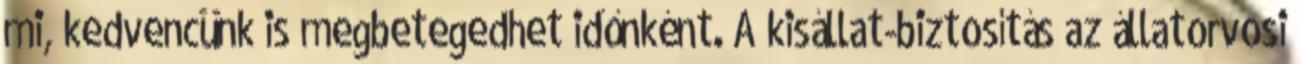
mi, kedvencünk is megbetegedhet időnként. A kisállat-biztosítás az állatorvosi